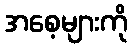
အစေ့များကို